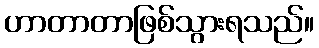
ဟာတာတာဖြစ်သွားရသည်။